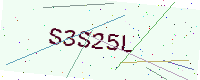
Text: S3S25L